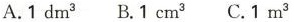
A. 1dm^{3} B. 1cm^{3} C. 1m^{3}